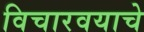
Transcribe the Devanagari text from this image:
विचारवयाचे